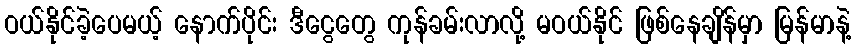
ဝယ်နိုင်ခဲ့ပေမယ့် နောက်ပိုင်း ဒီငွေတွေ ကုန်ခမ်းလာလို့ မဝယ်နိုင် ဖြစ်နေချိန်မှာ မြန်မာနဲ့